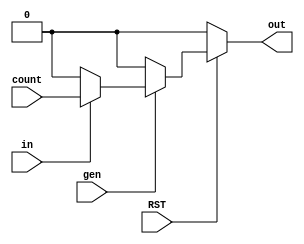
module winker(RST, gen, count, in, out);

input RST, gen, in, count;
output reg out;

always@(*)
begin 
	if(RST)
		begin 
			if(gen)
				begin 
					if(in)
						begin
							out = count;
						end 
						else
						begin 
							out =0;
						end 
				end 
				else
				begin
					out = 0;
				end
		end 
		else
		begin
			out = 0;
		end
	end
		
endmodule